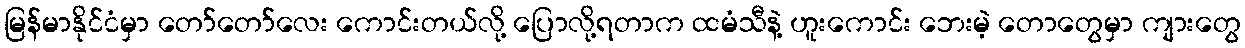
မြန်မာနိုင်ငံမှာ တော်တော်လေး ကောင်းတယ်လို့ ပြောလို့ရတာက ထမံသီနဲ့ ဟူးကောင်း ဘေးမဲ့ တောတွေမှာ ကျားတွေ